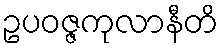
ဥပဝဇ္ဇကုလာနီတိ